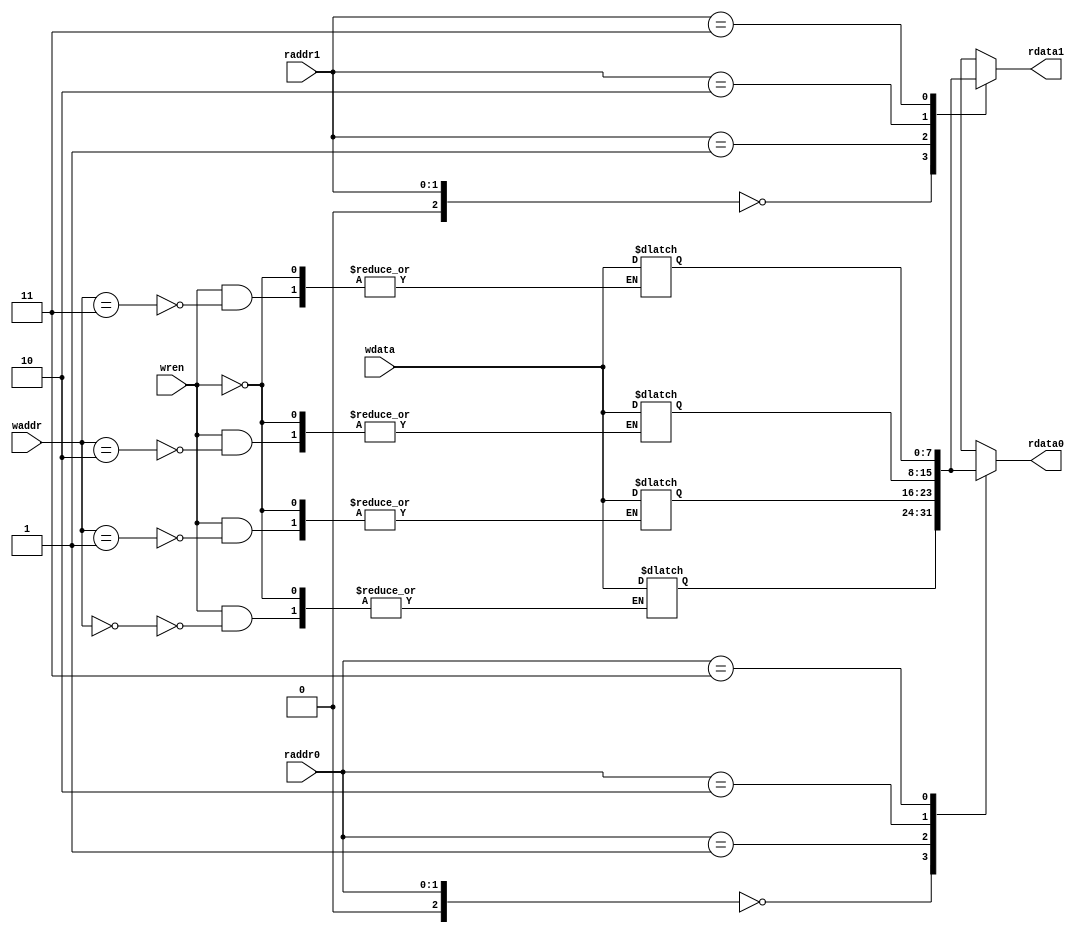
module reg_file(
  raddr0,
  raddr1,
  waddr,
  wdata,
  wren,
  rdata0,
  rdata1);

  input [1:0] raddr0;
  input [1:0] raddr1;
  input [1:0] waddr;
  input [7:0] wdata;
  input wren;
  
  output [7:0] rdata0;
  output [7:0] rdata1;

  reg [7:0] reg_file [7:0];
  
  assign rdata0 = reg_file[raddr0];
  assign rdata1 = reg_file[raddr1];
  
  integer i;
  
  initial
  begin                     //initializing the regfile bits to 0
    for (i=0; i<8; i=i+1)
      begin
        reg_file[i] = 0;
      end
  end

  always @(wren)                  
  begin
    if (wren == 1) begin
    reg_file[waddr] <= wdata;
  end
  end
endmodule

/*
// Testbench
module test();
  reg [1:0] raddr0;
  reg [1:0] raddr1;
  reg [1:0] waddr;
  reg [7:0] wdata;
  reg wren;
  wire [7:0] rdata0;
  wire [7:0] rdata1;  
  
  reg_file REG_FILE(
    .raddr0(raddr0),
    .raddr1(raddr1),
    .waddr(waddr),
    .wdata(wdata),
    .wren(wren),
    .rdata0(rdata0),
    .rdata1(rdata1));
 
  initial begin
    $display("rdata0=%b, rdata1=%b", rdata0, rdata1);
    raddr0 = 2'b0;
    raddr1 = 2'b11;
    wren = 1;
    waddr = 2'b00;
    wdata = 8'b10101010;
    $monitor ("raddr0=%b,raddr1=%b, rdata0=%b,	rdata1=%b", raddr0, raddr1, rdata0, rdata1);
  end

endmodule

)*/